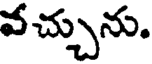
వచ్చును.